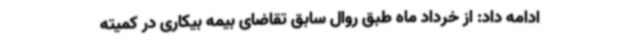
ادامه داد: از خرداد ماه طبق روال سابق تقاضای بیمه بیکاری در کمیته